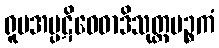
ရူပအပ္ပဋိဝေဓာဒိသုတ္တပဉ္စကံ